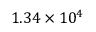
1 . 3 4 \times 1 0 ^ { 4 }